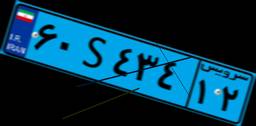
۶۹S۷۱۵۹۸